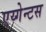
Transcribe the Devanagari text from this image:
एय्गेन्टस